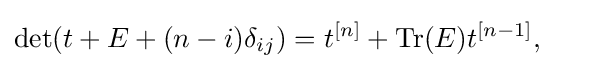
\det(t+E+(n-i)\delta _{ij})=t^{[n]}+\mathrm {Tr} (E)t^{[n-1]},~~~~